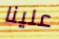
علينا